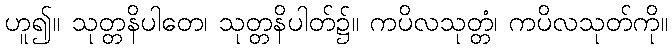
ဟူ၍။ သုတ္တနိပါတေ၊ သုတ္တနိပါတ်၌။ ကပိလသုတ္တံ၊ ကပိလသုတ်ကို။